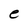
Character: e